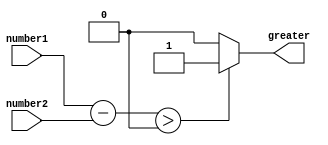
module magnitude_comparator (
    input [7:0] number1,
    input [7:0] number2,
    output reg greater
);

reg [7:0] difference;

always @(*) begin
    difference = number1 - number2;
    if(difference > 0)
        greater = 1;
    else if (difference < 0)
        greater = 0;
    else
        greater = 0;
end

endmodule